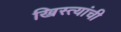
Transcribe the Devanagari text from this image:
ख्रिस्त्यांची